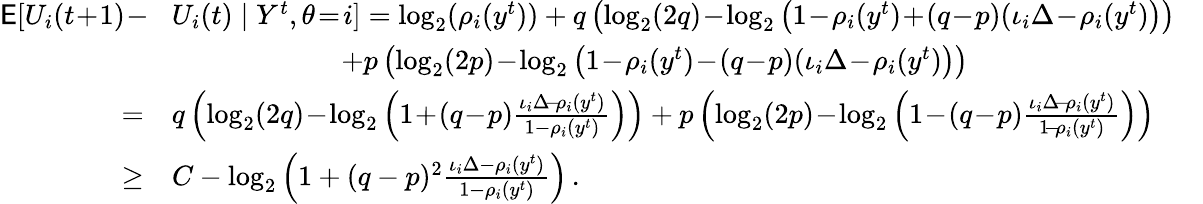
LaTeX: \begin{array}{rlr}{\mathsf{E}[U_{i}(t\! +\! 1)\! -\! }&{U_{i}(t)\mid Y^{t},\theta\! =\! i]=\log_{2}(\rho_{i}(y^{t}))+q\left(\log_{2}(2q)\! -\! \log_{2}\left(1\! -\! \rho_{i}(y^{t})\! +\! (q\! -\! p)(\iota_{i}\Delta\! -\! \rho_{i}(y^{t})\right)\right)}&\\ &{\quad\quad\quad\quad\quad\quad+p\left(\log_{2}(2p)\! -\! \log_{2}\left(1\! -\! \rho_{i}(y^{t})\! -\! (q\! -\! p)(\iota_{i}\Delta\! -\! \rho_{i}(y^{t})\right)\right)}&\\ {=}&{q\left(\log_{2}(2q)\! -\! \log_{2}\left(1\! +\! (q\! -\! p)\frac{\iota_{i}\Delta\! -\! \rho_{i}(y^{t})}{1-\rho_{i}(y^{t})}\right)\right)+p\left(\log_{2}(2p)\! -\! \log_{2}\left(1\! -\! (q\! -\! p)\frac{\iota_{i}\Delta\! -\! \rho_{i}(y^{t})}{1\! -\! \rho_{i}(y^{t})}\right)\right)}&\\ {\ge}&{C-\log_{2}\left(1+(q-p)^{2}\frac{\iota_{i}\Delta-\rho_{i}(y^{t})}{1-\rho_{i}(y^{t})}\right)\, .}&\end{array}